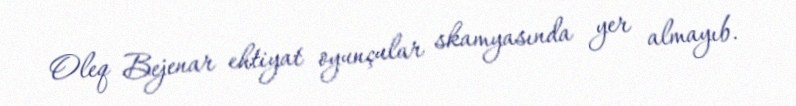
Oleq Bejenar ehtiyat oyunçular skamyasında yer almayıb.